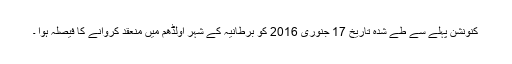
کنونشن پہلے سے طے شدہ تاریخ 17 جنوری 2016 کو برطانیہ کے شہر اولڈھم میں منعقد کروانے کا فیصلہ ہوا ۔